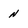
Character: n